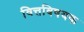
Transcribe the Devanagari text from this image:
वित्तविषयक